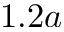
1 . 2 a